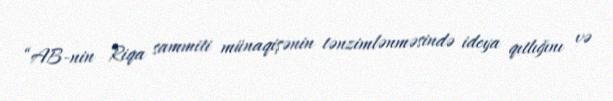
“AB-nin Riqa sammiti münaqişənin tənzimlənməsində ideya qıtlığını və